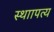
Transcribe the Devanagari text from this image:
स्थाापत्य